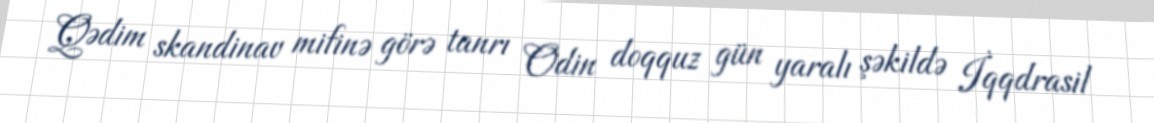
Qədim skandinav mifinə görə tanrı Odin doqquz gün yaralı şəkildə İqqdrasil